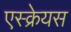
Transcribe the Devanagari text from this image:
एस्क्रेयस